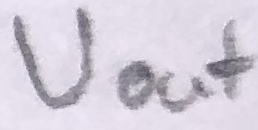
Text: Uout